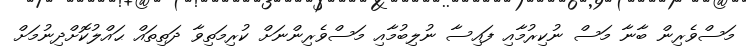
މަސްވެރިން ބާނާ މަސް ނުކިރުމާއި ފައިސާ ނުލިބުމާއި މަސްވެރިންނަށް ކުރިމަތިވާ ދަތިތައް ޙައްލުކޮށްދިނުމަށް